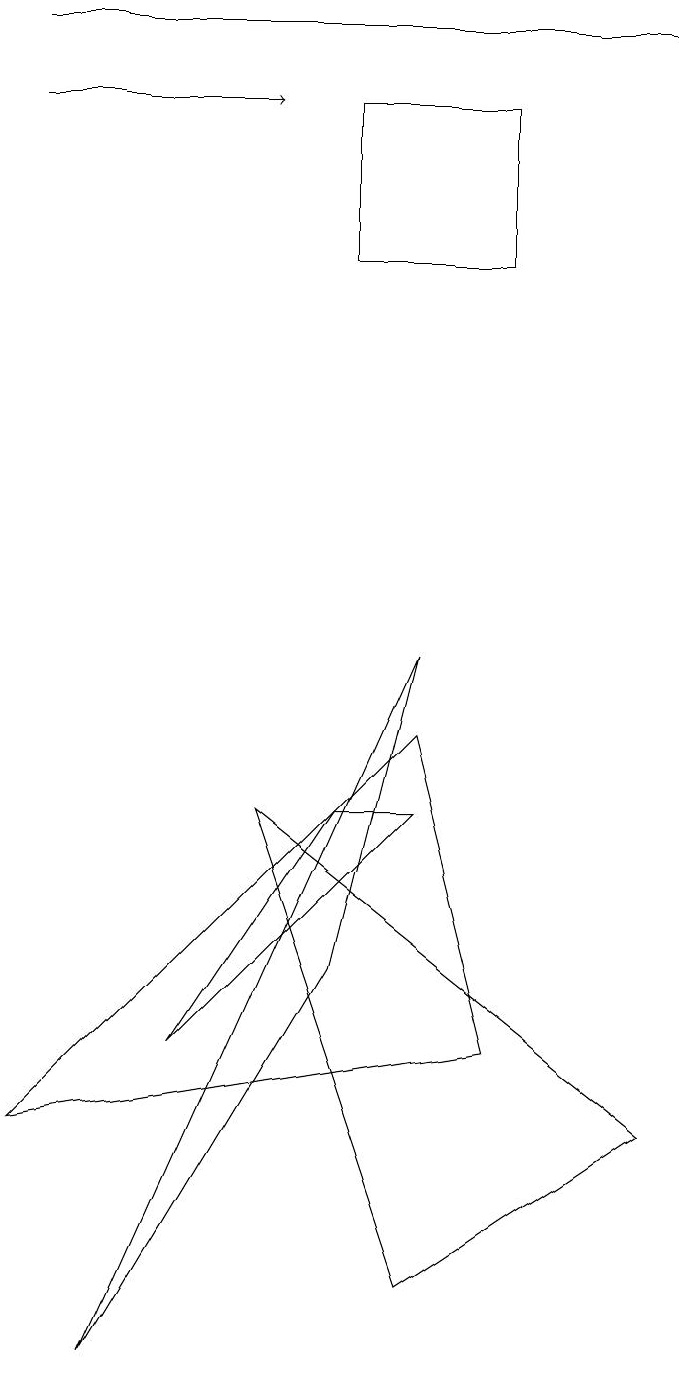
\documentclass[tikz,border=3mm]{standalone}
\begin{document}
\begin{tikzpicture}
\draw (5,1) -- (3,7) -- (8,3) -- cycle;
\draw (0,3) -- (6,4) -- (5,8) -- cycle;
\draw (6,16) rectangle (4,14);
\draw (4,5) -- (5,9) -- (1,0) -- cycle;
\draw (4,7) -- (5,7) -- (2,4) -- cycle;
\draw[->] (0,16) -- (3,16);
\draw (0,17) rectangle (8,17);
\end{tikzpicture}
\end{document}